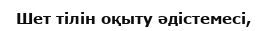
Шет тілін оқыту әдістемесі,